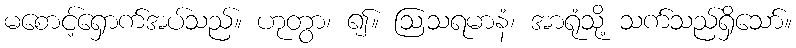
မစောင့်ရှောက်အပ်သည်။ ဟုတွာ၊ ၍။ ဩသရမာနံ၊ အာရုံသို့ သက်သည်ရှိသော်။